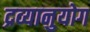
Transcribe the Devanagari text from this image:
द्रव्यानुयोग